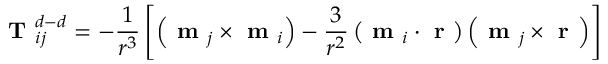
\textbf { T } _ { i j } ^ { d - d } = - \frac { 1 } { r ^ { 3 } } \left[ \left( \textbf { m } _ { j } \times \textbf { m } _ { i } \right) - \frac { 3 } { r ^ { 2 } } \left( \textbf { m } _ { i } \cdot \textbf { r } \right) \left( \textbf { m } _ { j } \times \textbf { r } \right) \right]